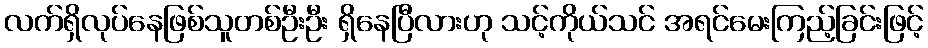
လက်ရှိလုပ်နေဖြစ်သူတစ်ဦးဦး ရှိနေပြီလားဟု သင့်ကိုယ်သင် အရင်မေးကြည့်ခြင်းဖြင့်